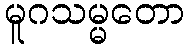
မူဂသမ္မတော